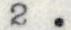
2 .